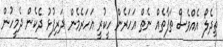
ތިދެލޯ އެއްވެސް ތަފާތެއް ނެތް އަހަރެން ހީކުރީ އަހަރެމެން ދަރިފުޅު ދެކެން ދެމީހުން